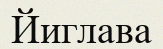
Йиглава